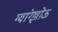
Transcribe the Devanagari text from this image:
ग्वांग्झोऊ